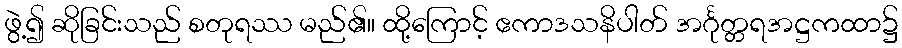
ဖွဲ့၍ ဆိုခြင်းသည် စတုရဿ မည်၏။ ထို့ကြောင့် ဧကာဒသနိပါတ် အင်္ဂုတ္တရအဋ္ဌကထာ၌